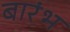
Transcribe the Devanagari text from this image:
बारंभ